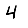
Digit: 4